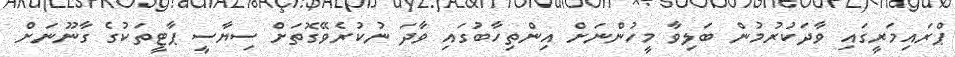
ޕްރައިމަރީގައި ވާދަކުރުމުން ބަލިވާ މީހުންނަށް އިންތިހާބުގައި ވާދަ ނުކުރެވޭގޮތަށް ސިޔާސީ ޕާޓީތަކުގެ ގާނޫނަށް